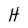
Character: H